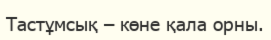
Тастұмсық – көне қала орны.